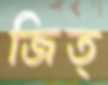
জিত্